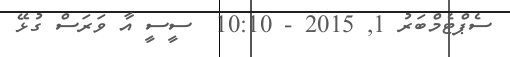
ސެޕްޓެމްބަރު 1